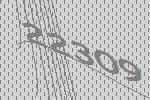
22309